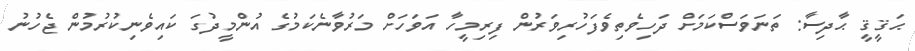
ޙަޤީޤީ ޙާދިސާ: ތަނަވަސްކަމަށް ދަހިވެތިވެފަހުރިވަރުން ފިރިމީހާ އަވަހަށް މަރުވާނެކަމުގެ އުންމީދުގަ ކައިވެނިކުރުމުން ޖެހުނު